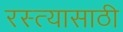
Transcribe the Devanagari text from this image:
रस्त्यासाठी